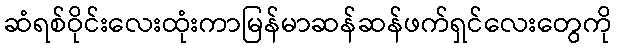
ဆံရစ်ဝိုင်းလေးထုံးကာမြန်မာဆန်ဆန်ဖက်ရှင်လေးတွေကို